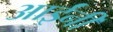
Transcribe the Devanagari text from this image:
आईंनी